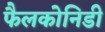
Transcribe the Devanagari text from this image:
फैलकोनिडी